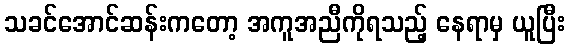
သခင်အောင်ဆန်းကတော့ အကူအညီကိုရသည့် နေရာမှ ယူပြီး